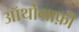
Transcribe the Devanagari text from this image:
ऑर्थोग्राफ़ी